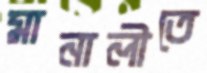
মানালীতে